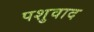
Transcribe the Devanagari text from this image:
पशुवाद